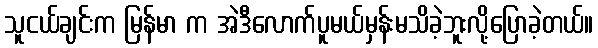
သူငယ်ချင်းက မြန်မာ က အဲဒီလောက်ပူမယ်မှန်းမသိခဲ့ဘူးလို့ပြောခဲ့တယ်။